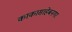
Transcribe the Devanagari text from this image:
काकासाहेबनगर